Lunatic asylums Central Provinces reports 1886-1894 - 1886-1894
Year: 1886
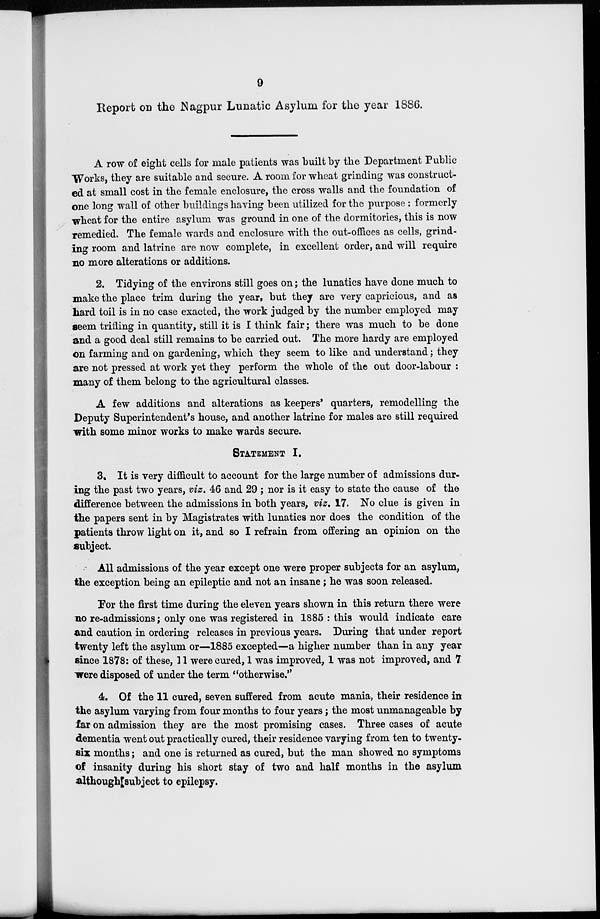
9
Report on the Nagpur Lunatic Asylum for the year 1886.
A row of eight cells for male patients was built by the Department Public
Works, they are suitable and secure. A room for wheat grinding was construct-
ed at small cost in the female enclosure, the cross walls and the foundation of
one long wall of other buildings having been utilized for the purpose: formerly
wheat for the entire asylum was ground in one of the dormitories, this is now
remedied. The female wards and enclosure with the out-offices as cells, grind-
ing room and latrine are now complete, in excellent order, and will require
no more alterations or additions.
2. Tidying of the environs still goes on; the lunatics have done much to
make the place trim during the year, but they are very capricious, and as
hard toil is in no case exacted, the work judged by the number employed may
seem trifling in quantity, still it is I think fair; there was much to be done
and a good deal still remains to be carried out. The more hardy are employed
on farming and on gardening, which they seem to like and understand; they
are not pressed at work yet they perform the whole of the out door-labour :
many of them belong to the agricultural classes.
A few additions and alterations as keepers' quarters, remodelling the
Deputy Superintendent's house, and another latrine for males are still required
with some minor works to make wards secure.
STATEMENT I.
3. It is very difficult to account for the large number of admissions dur-
ing the past two years, viz. 46 and 29 ; nor is it easy to state the cause of the
difference between the admissions in both years, viz. 17. No clue is given in
the papers sent in by Magistrates with lunatics nor does the condition of the
patients throw light on it, and so I refrain from offering an opinion on the
subject.
All admissions of the year except one were proper subjects for an asylum,
the exception being an epileptic and not an insane; he was soon released.
For the first time during the eleven years shown in this return there were
no re-admissions; only one was registered in 1885 : this would indicate care
and caution in ordering releases in previous years. During that under report
twenty left the asylum or—1885 excepted—a higher number than in any year
since 1878: of these, 11 were cured, 1 was improved, 1 was not improved, and 7
were disposed of under the term "otherwise."
4. Of the 11 cured, seven suffered from acute mania, their residence in
the asylum varying from four months to four years; the most unmanageable by
far on admission they are the most promising cases. Three cases of acute
dementia went out practically cured, their residence varying from ten to twenty-
six months; and one is returned as cured, but the man showed no symptoms
of insanity during his short stay of two and half months in the asylum
although subject to epilepsy.